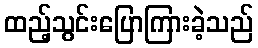
ထည့်သွင်းပြောကြားခဲ့သည်